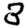
Digit: 3